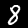
Label: 8